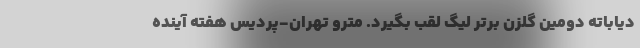
دیاباته دومین گلزن برتر لیگ لقب بگیرد. مترو تهران-پردیس هفته آینده